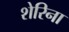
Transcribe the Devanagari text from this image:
शेरिना